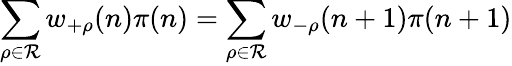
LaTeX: \sum_{\rho\in{\mathcal R}}w_{+\rho}(n)\pi(n)=\sum_{\rho\in{\mathcal R}}w_{-\rho}(n+1)\pi(n+1)